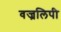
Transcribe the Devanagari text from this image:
वज्रलिपी